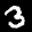
Label: 3